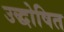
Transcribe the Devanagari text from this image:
उद्धोषित